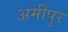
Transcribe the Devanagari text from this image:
अमीपुर